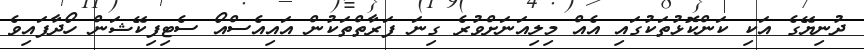
ދުނިޔޭގެ އަކި ކަންކޮޅުތަކުގައި އެއް މިލިއަނަށްވުރެ ގިނަ ފަރާތްތަކުން އައިއެސްއޯ ސެޓިފިކޭޝަން ހޯދާފައިވެ